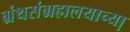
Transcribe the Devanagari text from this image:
ग्रंथसंग्रहालयाच्या़